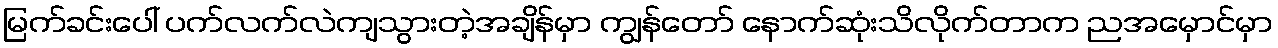
မြက်ခင်းပေါ် ပက်လက်လဲကျသွားတဲ့အချိန်မှာ ကျွန်တော် နောက်ဆုံးသိလိုက်တာက ညအမှောင်မှာ